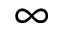
\infty